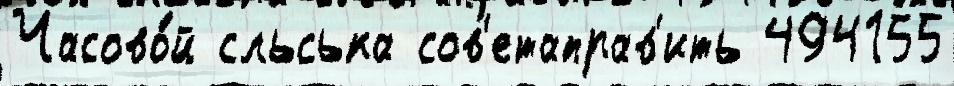
Часово́й сльська сов'етаправ'ить 494155